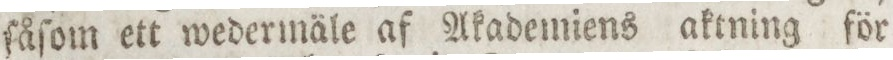
ſåſom ett wedermäle af Akademiens aktning för